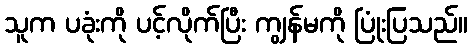
သူက ပခုံးကို ပင့်လိုက်ပြီး ကျွန်မကို ပြုံးပြသည်။